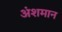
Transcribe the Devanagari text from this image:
अंशमान